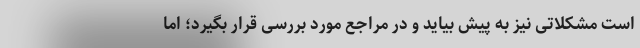
است مشکلاتی نیز به پیش بیاید و در مراجع مورد بررسی قرار بگیرد؛ اما